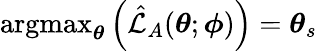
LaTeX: \operatorname{argmax}_{\boldsymbol{\theta}}\left(\hat{\mathcal{L}}_{A}(\boldsymbol{\theta};\boldsymbol{\phi})\right)=\boldsymbol{\theta}_{s}